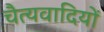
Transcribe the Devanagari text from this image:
चैत्यवादियों